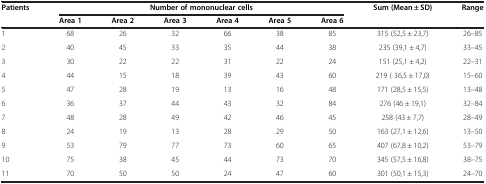
<table><thead><tr><td><b>Patients</b></td><td colspan="6"><b>Number of mononuclear cells</b></td><td><b>Sum (Mean ± SD)</b></td><td><b>Range</b></td></tr><tr><td><b> </b></td><td><b>Area 1</b></td><td><b>Area 2</b></td><td><b>Area 3</b></td><td><b>Area 4</b></td><td><b>Area 5</b></td><td><b>Area 6</b></td><td><b> </b></td><td><b> </b></td></tr></thead><tbody><tr><td>1</td><td>68</td><td>26</td><td>32</td><td>66</td><td>38</td><td>85</td><td>315 (52,5 ± 23,7)</td><td>26–85</td></tr><tr><td>2</td><td>40</td><td>45</td><td>33</td><td>35</td><td>44</td><td>38</td><td>235 (39,1 ± 4,7)</td><td>33–45</td></tr><tr><td>3</td><td>30</td><td>22</td><td>22</td><td>31</td><td>22</td><td>24</td><td>151 (25,1 ± 4,2)</td><td>22–31</td></tr><tr><td>4</td><td>44</td><td>15</td><td>18</td><td>39</td><td>43</td><td>60</td><td>219 ( 36,5 ± 17,0)</td><td>15–60</td></tr><tr><td>5</td><td>47</td><td>28</td><td>19</td><td>13</td><td>16</td><td>48</td><td>171 (28,5 ± 15,5)</td><td>13–48</td></tr><tr><td>6</td><td>36</td><td>37</td><td>44</td><td>43</td><td>32</td><td>84</td><td>276 (46 ± 19,1)</td><td>32–84</td></tr><tr><td>7</td><td>48</td><td>28</td><td>49</td><td>42</td><td>46</td><td>45</td><td>258 (43 ± 7,7)</td><td>28–49</td></tr><tr><td>8</td><td>24</td><td>19</td><td>13</td><td>28</td><td>29</td><td>50</td><td>163 (27,1 ± 12,6)</td><td>13–50</td></tr><tr><td>9</td><td>53</td><td>79</td><td>77</td><td>73</td><td>60</td><td>65</td><td>407 (67,8 ± 10,2)</td><td>53–79</td></tr><tr><td>10</td><td>75</td><td>38</td><td>45</td><td>44</td><td>73</td><td>70</td><td>345 (57,5 ± 16,8)</td><td>38–75</td></tr><tr><td>11</td><td>70</td><td>50</td><td>50</td><td>24</td><td>47</td><td>60</td><td>301 (50,1 ± 15,3)</td><td>24–70</td></tr></tbody></table>